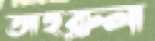
তাহরুল